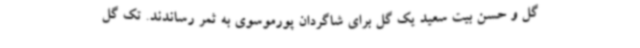
گل و حسن بیت سعید یک گل برای شاگردان پورموسوی به ثمر رساندند. تک گل